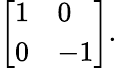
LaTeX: {\left[\begin{array}{ll}{1}&{0}\\ {0}&{-1}\end{array}\right]}.